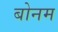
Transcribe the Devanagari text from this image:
बोनम